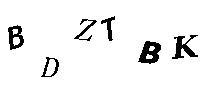
BDZTBK